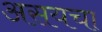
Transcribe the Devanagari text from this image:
असयचा